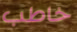
خاطب